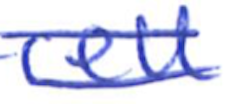
Text: cell
Cross-out: double-line
Writing tool: ballpoint